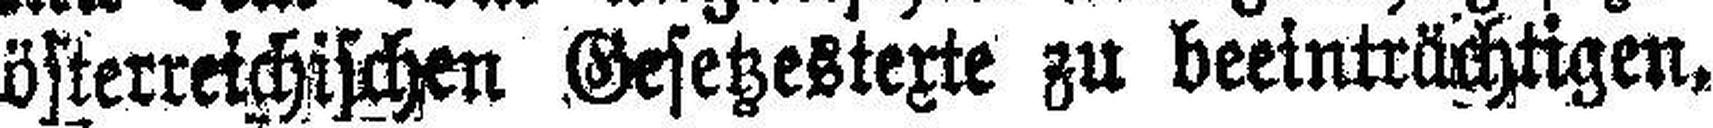
österreichischen Gesetzestexte zu beeinträchtigen.